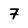
Character: 7